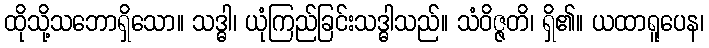
ထိုသို့သဘောရှိသော။ သဒ္ဓါ၊ ယုံကြည်ခြင်းသဒ္ဓါသည်။ သံဝိဇ္ဇတိ၊ ရှိ၏။ ယထာရူပေန၊